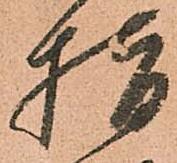
指